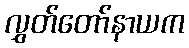
လွှတ်တော်နာယက